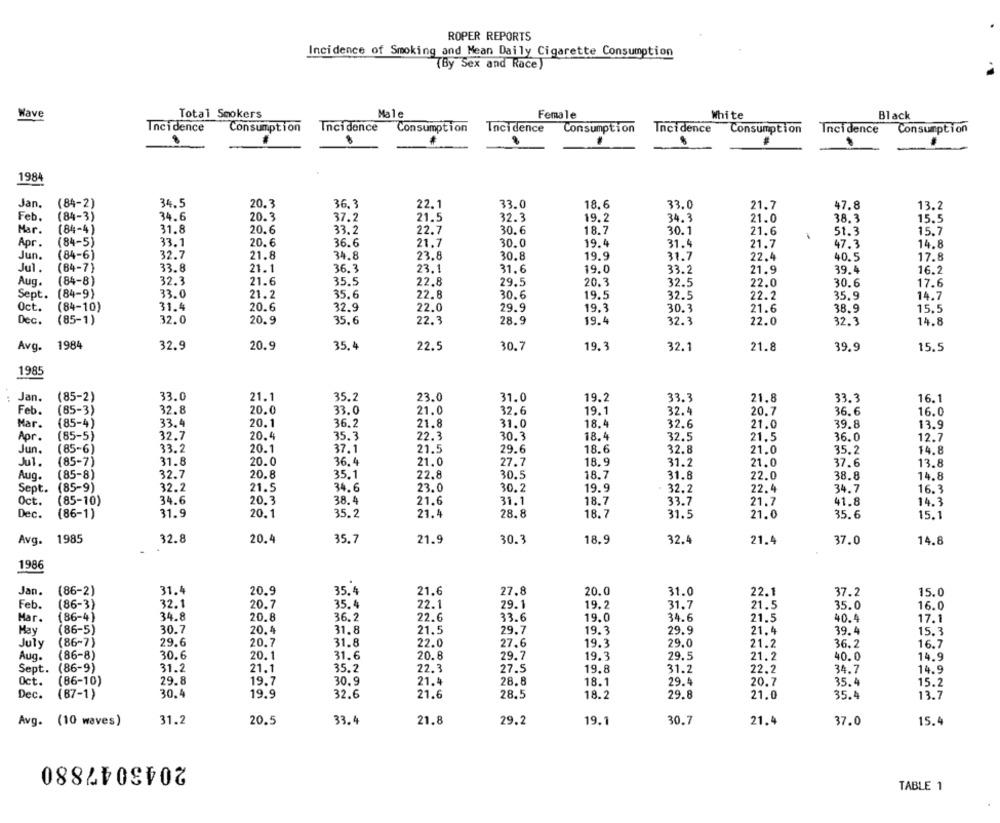
ROPER REPORTS
Incidence of Smoking and Mean Daily Cigarette Consumption
(By Sex and Race)
Wave
Total Smokers
Male
Female
White
Black
Incidence
Consumption
Incidence
Consumption
Incidence
Consumption
Incidence
Consumption
Incidence
Consumption
1984
Jan.
(84-2)
34.5
20.3
36.3
22.1
33.0
18.6
33.0
21.7
47.8
13.2
Feb.
(84-3)
34.6
20.3
37.2
21.5
32.3
19.2
34.3
21.0
38.3
15.5
Har.
(84-4 )
31.8
20.6
33.2
22.7
30.6
18.7
30.1
21.6
51.3
15.7
Apr .
(84-5)
33.1
20.6
36.6
21.7
30.0
19.4
31.4
21.7
47.3
14.8
Jun.
(84-6)
32.7
21.8
34.8
23.8
30.8
19.9
31.7
22.4
40.5
17.8
Jul.
(84-7)
33.8
21.1
36.3
23.1
31.6
19.0
33.2
21.9
39.4
16.2
(84-8)
32.3
Aug.
21.6
35.5
22.8
29.5
20.3
32.5
22.0
30.6
17.6
Sept. (84-9)
33.0
21.2
35.6
22.8
30.6
19.5
32.5
22.2
35.9
14.7
31.4
Oct.
(84-10)
20.6
32.9
22.0
29.9
19.3
30.3
21.6
38.9
15.5
Dec.
(85-1)
32.0
20.9
35.6
22.3
28.9
19.4
32.3
22.0
32.3
14.8
Avg
1984
32.9
20.9
35.4
30.7
19.3
22.5
32.1
21.8
39.9
15.5
1985
33.0
Jan.
(85-2)
21.
35.2
23.0
31.0
19.2
33.3
21.8
33.3
16.1
Feb.
(85-3)
32.8
20.0
33.0
21.0
32.6
19.1
32.4
20.7
36.6
16.0
Mar.
(85-4)
33.4
20.1
36.2
21.8
31.0
18.4
32.6
21.0
39.8
13.9
Apr.
(85-5)
32.7
20.4
35.3
22.3
30.3
18.4
36.0
32.5
21.5
12.7
Jun.
(85-6)
33.2
20.1
37.1
21.5
29.6
18.6
32.8
21.0
35.2
14.8
Jul.
31.8
20.0
36.4
21.0
27.7
18.9
21.0
13.8
(85-7)
31.2
37.6
Aug.
(85-8)
32.7
20.8
35.1
22.8
30.5
18.7
31.8
22.0
38.8
14.8
(85-9)
34.6
23.0
Sept.
32.2
21.5
30.2
19.9
32.2
22.4
34.7
16.3
Oct.
(85-10)
34.6
20.3
38.4
21.6
31.1
18.7
33.7
21.7
41.8
14.3
Dec.
(86-1)
31.9
20.1
35.2
21.4
28.8
18.7
31.5
21.0
35.6
15.1
Avg.
1985
32.8
20.4
35.7
21.9
30.3
18.9
32.4
21.4
37.0
14.8
1986
Jan.
(86-2)
31.4
20.9
35. 4
21.6
27.8
20.0
31.0
22.1
37.2
15.0
Feb.
(86-3)
32.1
20.7
35.4
22.1
29.1
19.2
31.7
21.5
35.0
16.0
(86-4)
34.8
20.8
36.2
22.6
33.6
19.0
34.6
21.5
40.4
17.1
Har.
May
(86-5)
30.7
20.4
31.8
21.5
29.7
19.3
29.9
21.4
39.4
15.3
(86-7)
29.6
31.8
22.0
27.6
29.0
July
20.7
19.3
21.2
36.2
16.7
Aug.
(86-8)
30.6
20.1
31.6
20.8
29.7
19.3
29.5
21.2
40.0
14.9
(86-9)
31.2
35.2
22.3
27.5
Sept.
21.1
19.8
31.2
22.2
34.7
14.9
Oct.
(86-10)
29.8
19.7
30.9
21.4
28.8
18.1
29.4
20.7
35.4
15.2
Dec.
(87-1)
30.4
19.9
32.6
21.6
28.5
18.2
29.8
21.0
35.4
13.7
Avg. (10 waves)
31.2
20.5
33.4
21.8
29.2
19.1
30.7
21.4
37.0
15.4
2043047880
TABLE 1